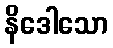
နိဒေါသော